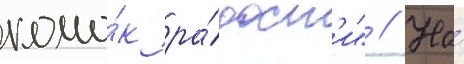
комо́к ра́дост'и" // На́